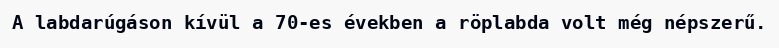
A labdarúgáson kívül a 70-es években a röplabda volt még népszerű.